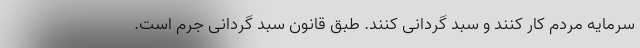
سرمایه مردم کار کنند و سبد گردانی کنند. طبق قانون سبد گردانی جرم است.